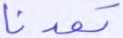
تعدنا